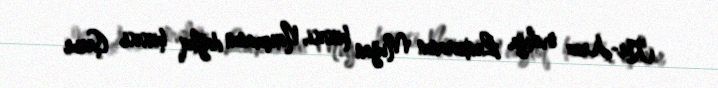
Kür-Araz ovalığı, Lənkəranın Muğan hissəsi, Naxçıvanın dağlıq hissəsi (Şərur